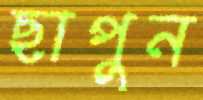
ছাপুন